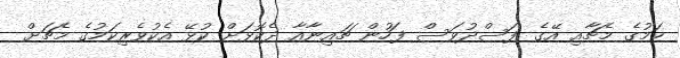
ކަމުގެ މެޗާއި އޭގެ ފަސްދުވަސް ފަހުން ޗައިނާއާ ދެކޮޅަށް ކުޅޭ އެކުވެރިކަމުގެ މެޗަށް